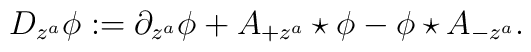
D_{z^a}\phi := \partial_{z^a}\phi+A_{+z^a}\star\phi-\phi\star A_{-z^a}.